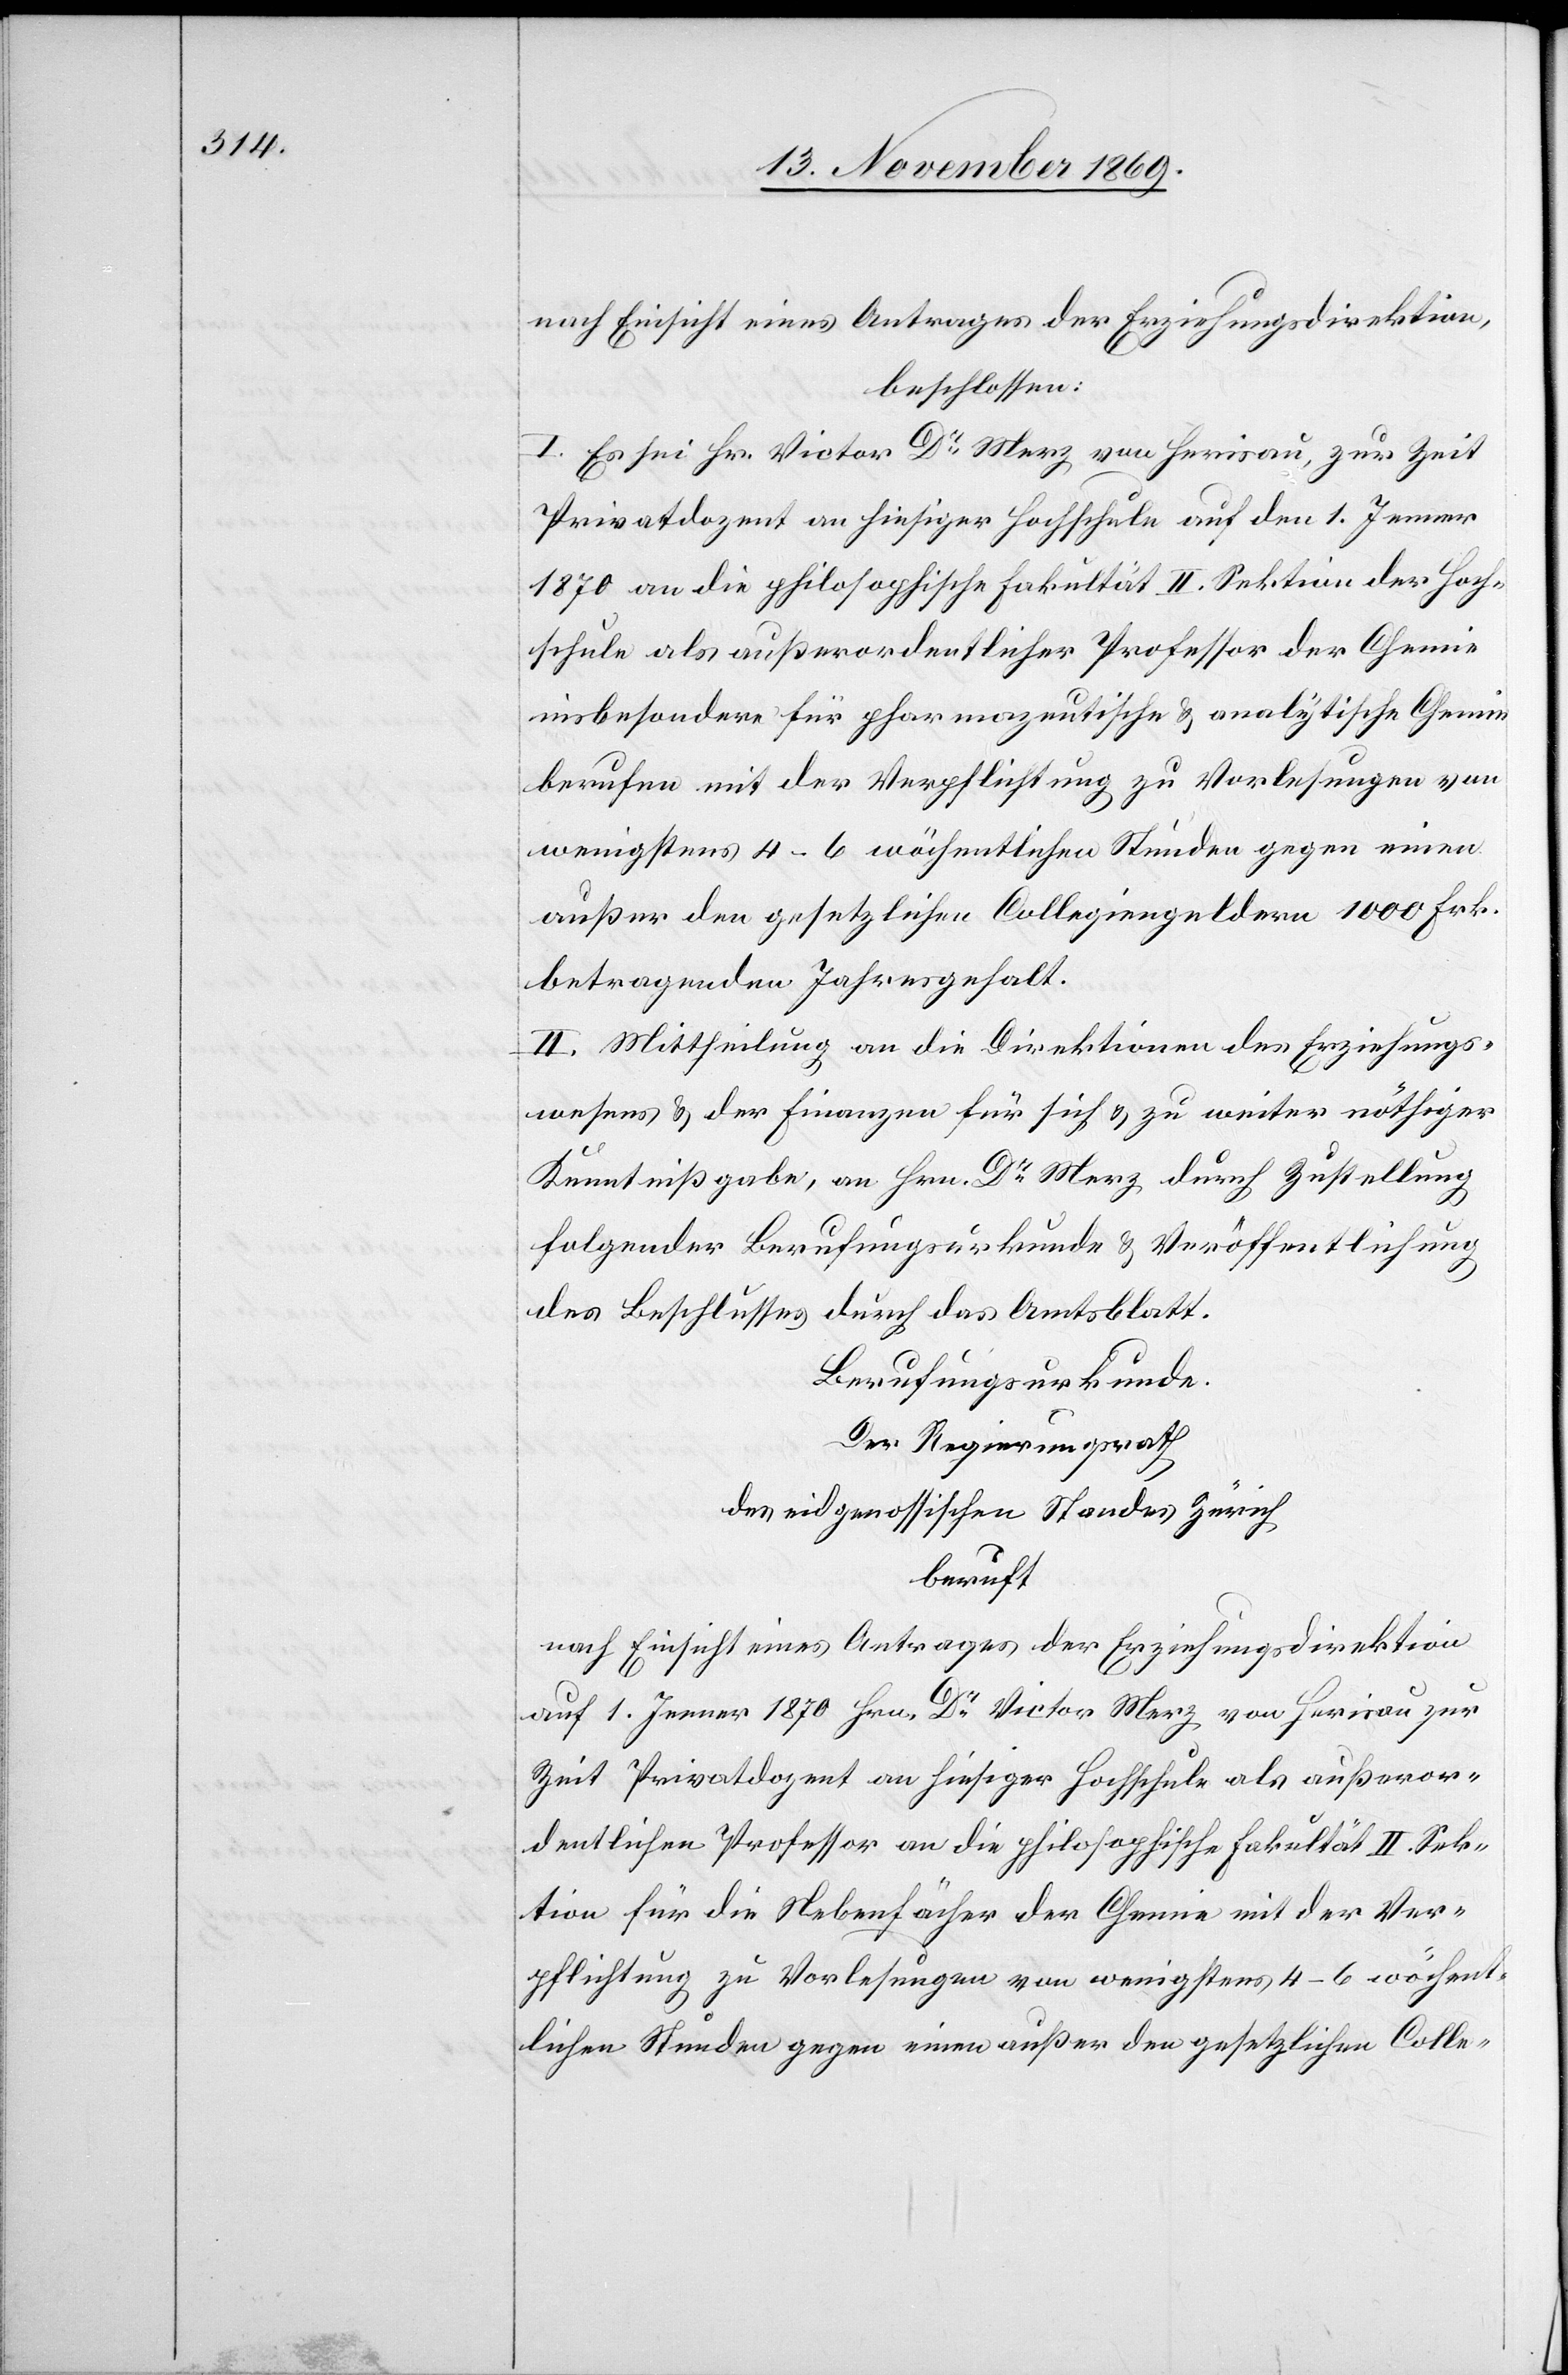
nach Einsicht eines Antrages der Erziehungsdirektion,
beschlossen:
I. Es sei Hr. Victor Dr Merz von Herisau, zur Zeit
Privatdozent an hiesiger Hochschule auf den 1. Jenner
1870 an die philosophische Fakultät II. Sektion der Hoch¬
schule als außerordentlicher Professor der Chemie
insbesondere für pharmazeutische & analytische Chemie
berufen mit der Verpflichtung zu Vorlesungen von
wenigstens 4–6 wöchentlichen Stunden gegen einen
außer den gesetzlichen Collegiengeldern 1000 Frk.
betragenden Jahresgehalt.
II. Mittheilung an die Direktionen des Erziehungs¬
wesens & der Finanzen für sich & zu weiter nöthiger
Kenntnißgabe, an Hrn. Dr Merz durch Zustellung
folgender Berufungsurkunde & Veröffentlichung
des Beschlusses durch das Amtsblatt.
Berufungsurkunde.
Der Regierungsrath
des eidgenossischen Standes Zürich
beruft
nach Einsicht eines Antrages der Erziehungsdirektion
auf 1. Jenner 1870 Hrn. Dr Merz von Herisau zur
Zeit Privatdozent an hiesiger Hochschule als außeror¬
dentlichen Professor an die philosophische Fakultät II. Sek¬
tion für die Nebenfächer der Chemie mit der Ver¬
pflichtung zu Vorlesungen von wenigstens 4–6 wöchent¬
lichen Stunden gegen einen außer den gesetzlichen Colle-